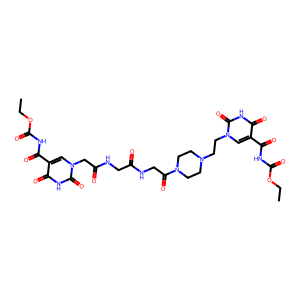
SMILES: CCOC(=O)NC(=O)c1cn(CCN2CCN(C(=O)CNC(=O)CNC(=O)Cn3cc(C(=O)NC(=O)OCC)c(=O)[nH]c3=O)CC2)c(=O)[nH]c1=O
Inhibits HIV replication: No